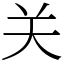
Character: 关